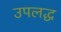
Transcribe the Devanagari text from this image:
उपलद्ध